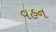
વહન